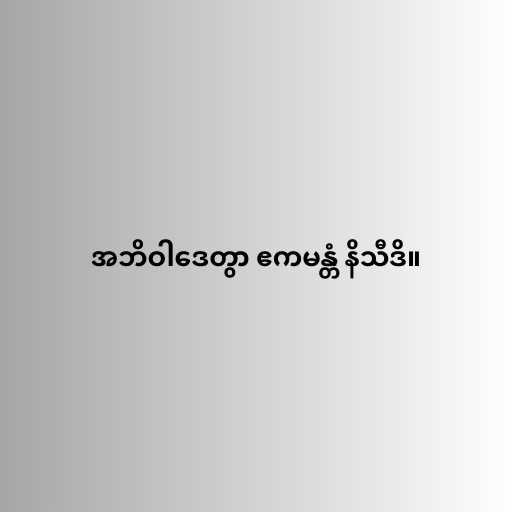
အဘိဝါဒေတွာ ဧကမန္တံ နိသီဒိ။